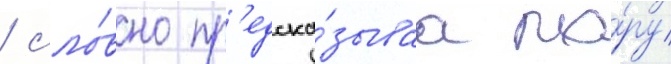
/ сло́вно пр'едска́зываа по́ру